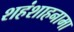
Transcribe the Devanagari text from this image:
शहंशाहनामा